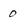
Character: 0